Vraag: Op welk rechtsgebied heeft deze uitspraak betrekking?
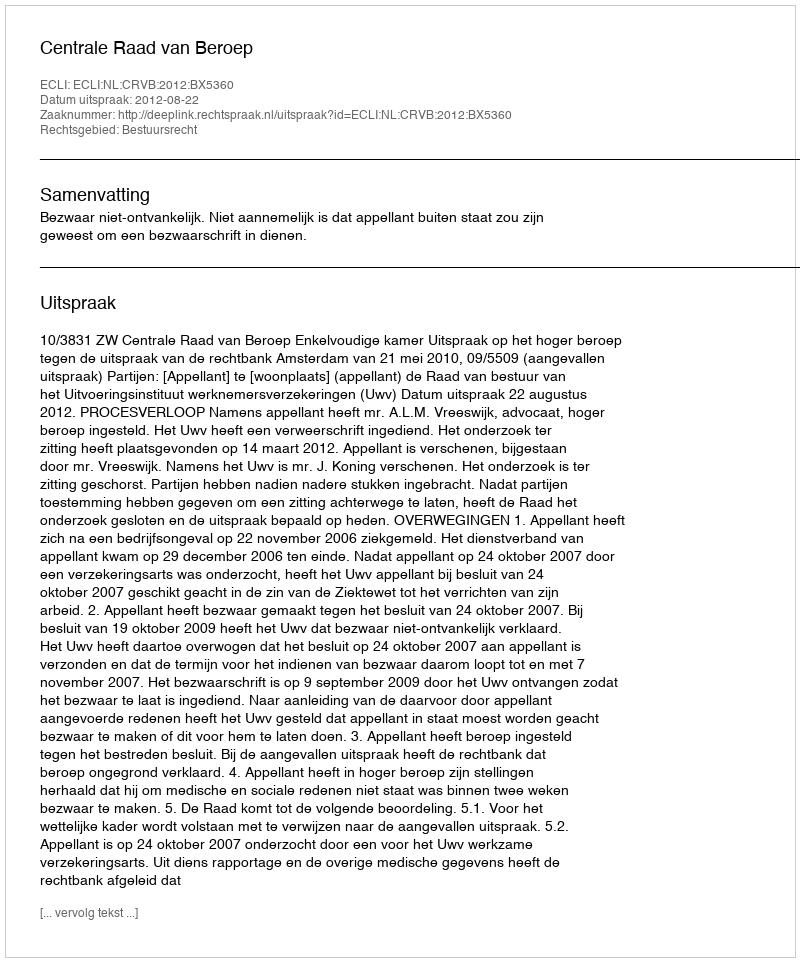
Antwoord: Bestuursrecht